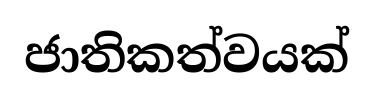
ජාතිකත්වයක්